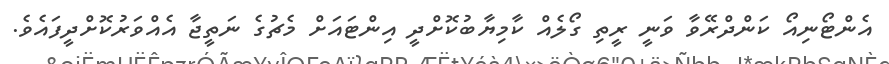
އެންޓޯނިއޯ ކަންދްރޭވާ ވަނީ ރީތި ގޯލެއް ކާމިޔާބުކޮށްދީ އިންޓައަށް މެޗުގެ ނަތީޖާ އެއްވަރުކޮށްދީފައެވެ.